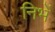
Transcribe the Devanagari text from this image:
निभें